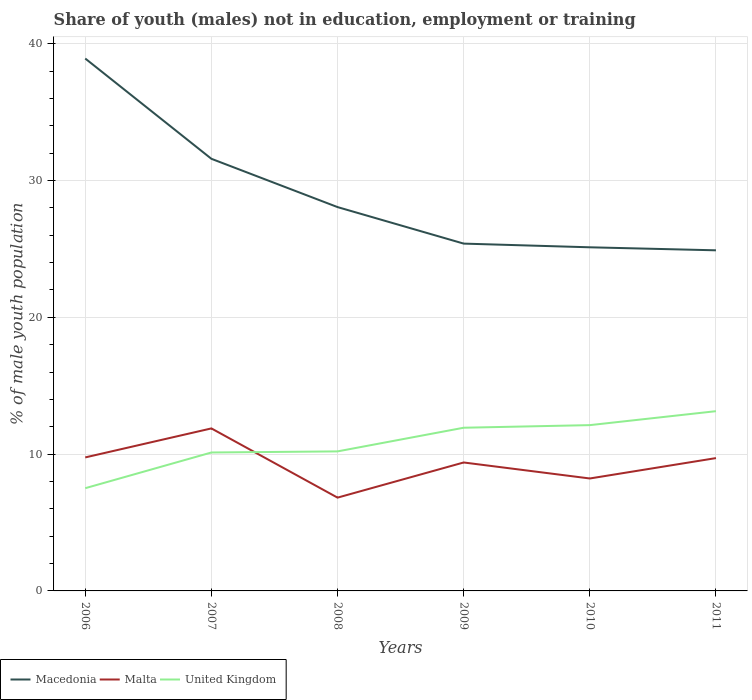
| Years | Macedonia | Malta | United Kingdom |
 | --- | --- | --- | --- |
 | 2006 | 38.9 | 9.76 | 7.51 |
 | 2007 | 31.6 | 11.9 | 10.1 |
 | 2008 | 28.1 | 6.82 | 10.2 |
 | 2009 | 25.4 | 9.39 | 11.9 |
 | 2010 | 25.1 | 8.22 | 12.1 |
 | 2011 | 24.9 | 9.71 | 13.1 |